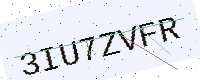
Text: 3IU7ZVFR